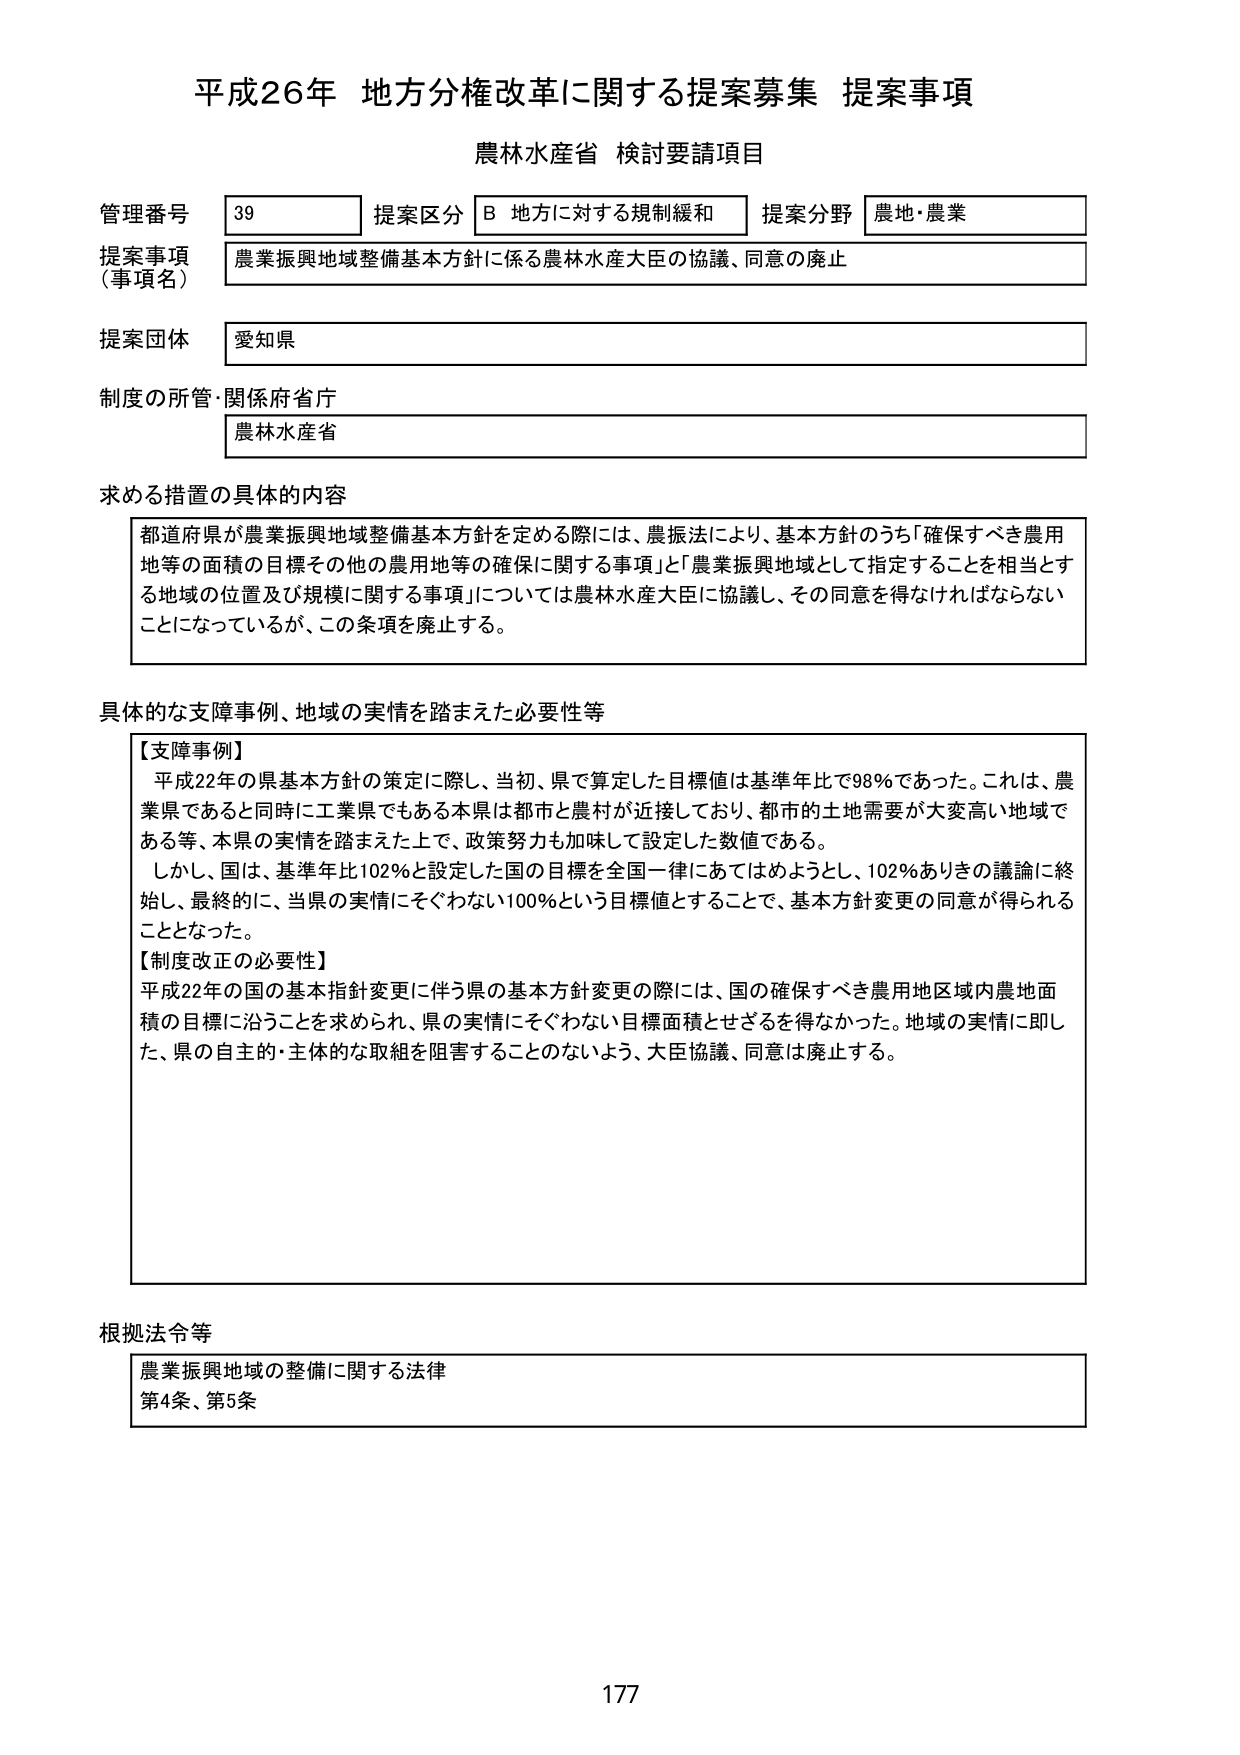
平成26年 地方分権改革に関する提案募集 提案事項
農林水産省 検討要請項目

管理番号 39 提案区分 B 地方に対する規制緩和 提案分野 農地・農業
提案事項（事項名） 農業振興地域整備基本方針に係る農林水産大臣の協議、同意の廃止
提案団体 愛知県
制度の所管・関係府省庁 農林水産省

求める措置の具体的内容
都道府県が農業振興地域整備基本方針を定める際には、農振法により、基本方針のうち「確保すべき農用地等の面積の目標その他の農用地等の確保に関する事項」と「農業振興地域として指定することを相当とする地域の位置及び規模に関する事項」については農林水産大臣に協議し、その同意を得なければならないことになっているが、この条項を廃止する。

具体的な支障事例、地域の実情を踏まえた必要性等
【支障事例】
平成22年の県基本方針の策定に際し、当初、県で算定した目標値は基準年比で98％であった。これは、農業県であると同時に工業県でもある本県は都市と農村が近接しており、都市的土地需要が大変高い地域である等、本県の実情を踏まえた上で、政策努力も加味して設定した数値である。
しかし、国は、基準年比102％と設定した国の目標を全国一律にあてはめようとして、102％ありきの議論に終始し、最終的に、当県の実情にそぐわない100％という目標値とすることで、基本方針変更の同意が得られることとなった。
【制度改正の必要性】
平成22年の国の基本指針変更に伴う県の基本方針変更の際には、国の確保すべき農用地区域内農地面積の目標に沿うことを求められ、県の実情にそぐわない目標面積とせざるを得なかった。地域の実情に即した、県の自主的・主体的な取組を阻害することのないよう、大臣協議、同意は廃止する。

根拠法令等
農業振興地域の整備に関する法律
第4条、第5条

177